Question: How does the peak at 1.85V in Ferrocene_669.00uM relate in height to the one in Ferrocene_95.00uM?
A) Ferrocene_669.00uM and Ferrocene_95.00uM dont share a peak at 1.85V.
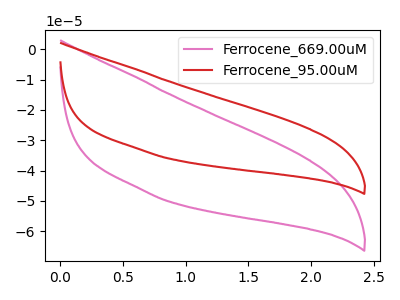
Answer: <think>The pink curve "Ferrocene_669.00uM" has no peaks. The red curve "Ferrocene_95.00uM" has no peaks.</think>
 <answer>A) "Ferrocene_669.00uM" and "Ferrocene_95.00uM" dont share a peak at 1.85V.</answer>
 <eval>A</eval>